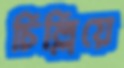
চিল্লিয়ে